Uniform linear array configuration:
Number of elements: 12
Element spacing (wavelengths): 0.5
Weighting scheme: uniform
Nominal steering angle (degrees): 45
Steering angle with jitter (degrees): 44.686
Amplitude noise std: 0.05
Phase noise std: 0.05

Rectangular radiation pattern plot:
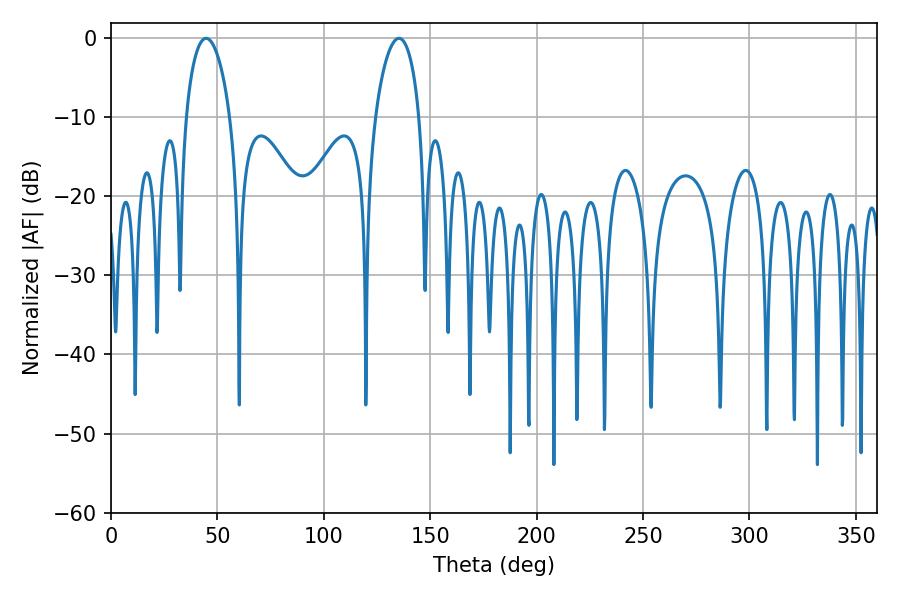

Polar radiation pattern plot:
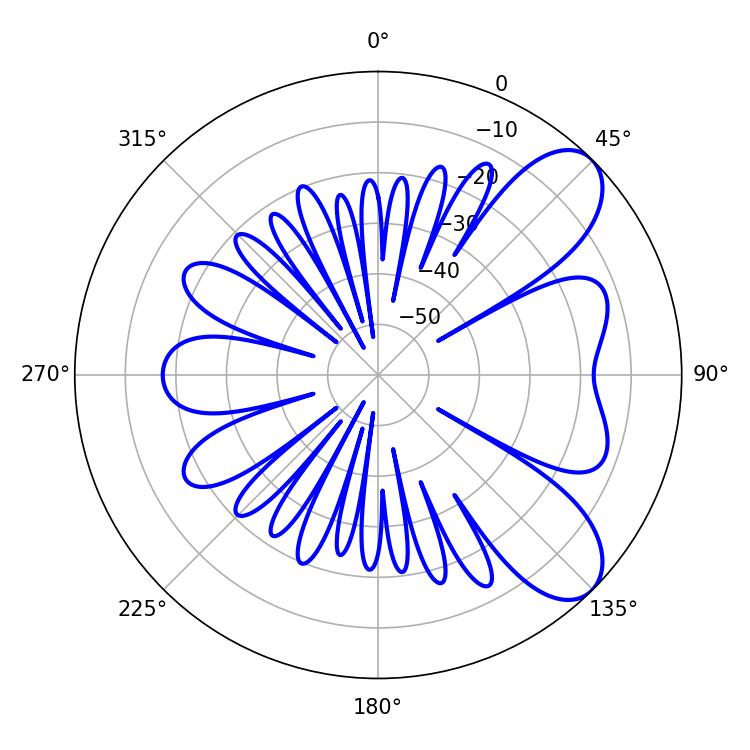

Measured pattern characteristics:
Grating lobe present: FALSE
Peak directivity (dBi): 7.858
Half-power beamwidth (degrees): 11.88
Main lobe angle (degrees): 44.64